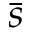
\bar { s }